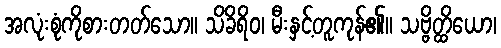
အလုံးစုံကိုစားတတ်သော။ သိခိရိဝ၊ မီးနှင့်တူကုန်၏။ သဗ္ဗိတ္ထိယော၊